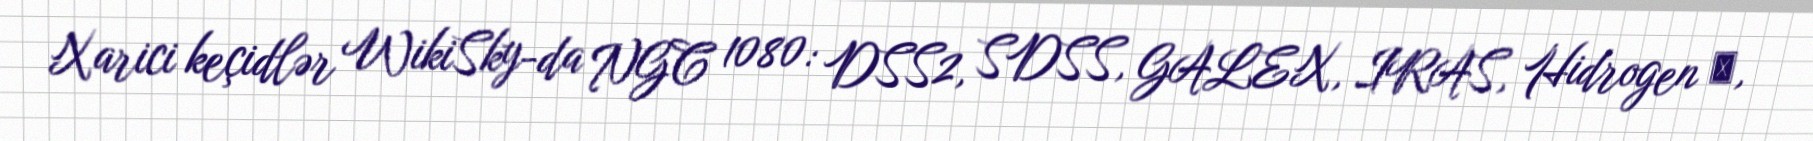
Xarici keçidlər WikiSky-da NGC 1080: DSS2, SDSS, GALEX, IRAS, Hidrogen α,